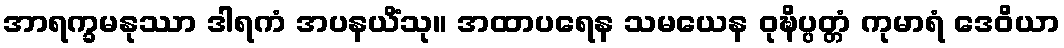
အာရက္ခမနုဿာ ဒါရကံ အပနယိံသု။ အထာပရေန သမယေန ဝုဍ္ဎိပ္ပတ္တံ ကုမာရံ ဒေဝိယာ